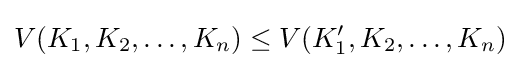
V(K_{1},K_{2},\ldots ,K_{n})\leq V(K_{1}',K_{2},\ldots ,K_{n})